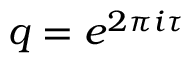
q = e ^ { 2 \pi i \tau }